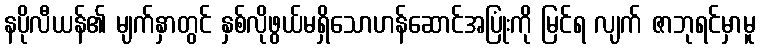
နပိုလီယန်၏ မျက်နှာတွင် နှစ်လိုဖွယ်မရှိသောဟန်ဆောင်အပြုံးကို မြင်ရ လျက် ဇာဘုရင်မှာမူ